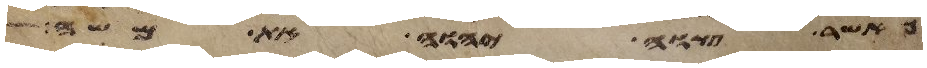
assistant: אשר צוה יהוה את משה